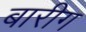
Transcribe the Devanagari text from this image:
बारीग